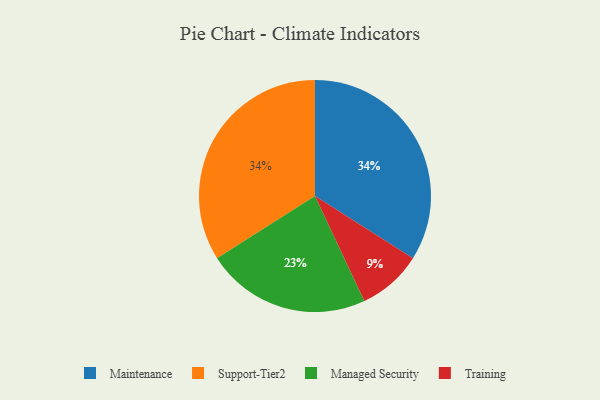
{"axis": {"x": "Category", "y": "Percentage"}, "legend": ["Maintenance", "Managed Security", "Support-Tier2", "Training"], "data": [{"x": "Maintenance", "y": 34, "type": "Maintenance"}, {"x": "Support-Tier2", "y": 34, "type": "Support-Tier2"}, {"x": "Training", "y": 9, "type": "Training"}, {"x": "Managed Security", "y": 23, "type": "Managed Security"}]}